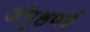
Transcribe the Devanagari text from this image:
अंगुष्ठपर्व